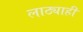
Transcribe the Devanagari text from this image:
लाठ्याही